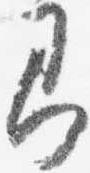
即